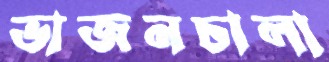
ভাজনচালা